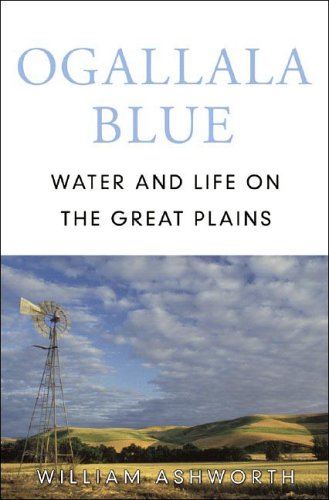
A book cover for Ogallala Blue: Water and Life on the High Plains; William Ashworth; Science & Math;